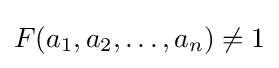
F(a_{1},a_{2},\ldots ,a_{n})\neq 1